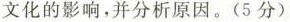
文化的影响，并分析原因。（5分）